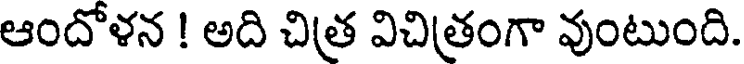
ఆందోళన ! అది చిత్ర విచిత్రంగా వుంటుంది.